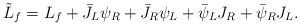
LaTeX: \begin{align*}\tilde L_f= L_f +\bar J_L\psi_R+\bar J_R\psi_L+\bar\psi_L J_R+\bar\psi_R J_L. \end{align*}